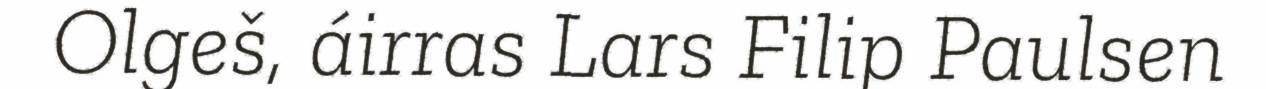
Olgeš, áirras Lars Filip Paulsen